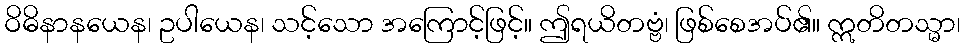
ဝိဓိနာနယေန၊ ဥပါယေန၊ သင့်သော အကြောင့်ဖြင့်။ ဤရယိတဗ္ဗံ၊ ဖြစ်စေအပ်၏။ ဣတိတသ္မာ၊